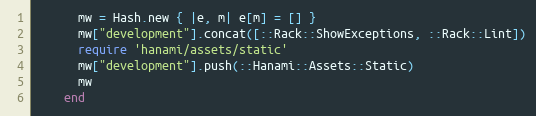
Language: Ruby
      mw = Hash.new { |e, m| e[m] = [] }
      mw["development"].concat([::Rack::ShowExceptions, ::Rack::Lint])
      require 'hanami/assets/static'
      mw["development"].push(::Hanami::Assets::Static)
      mw
    end